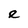
Character: e